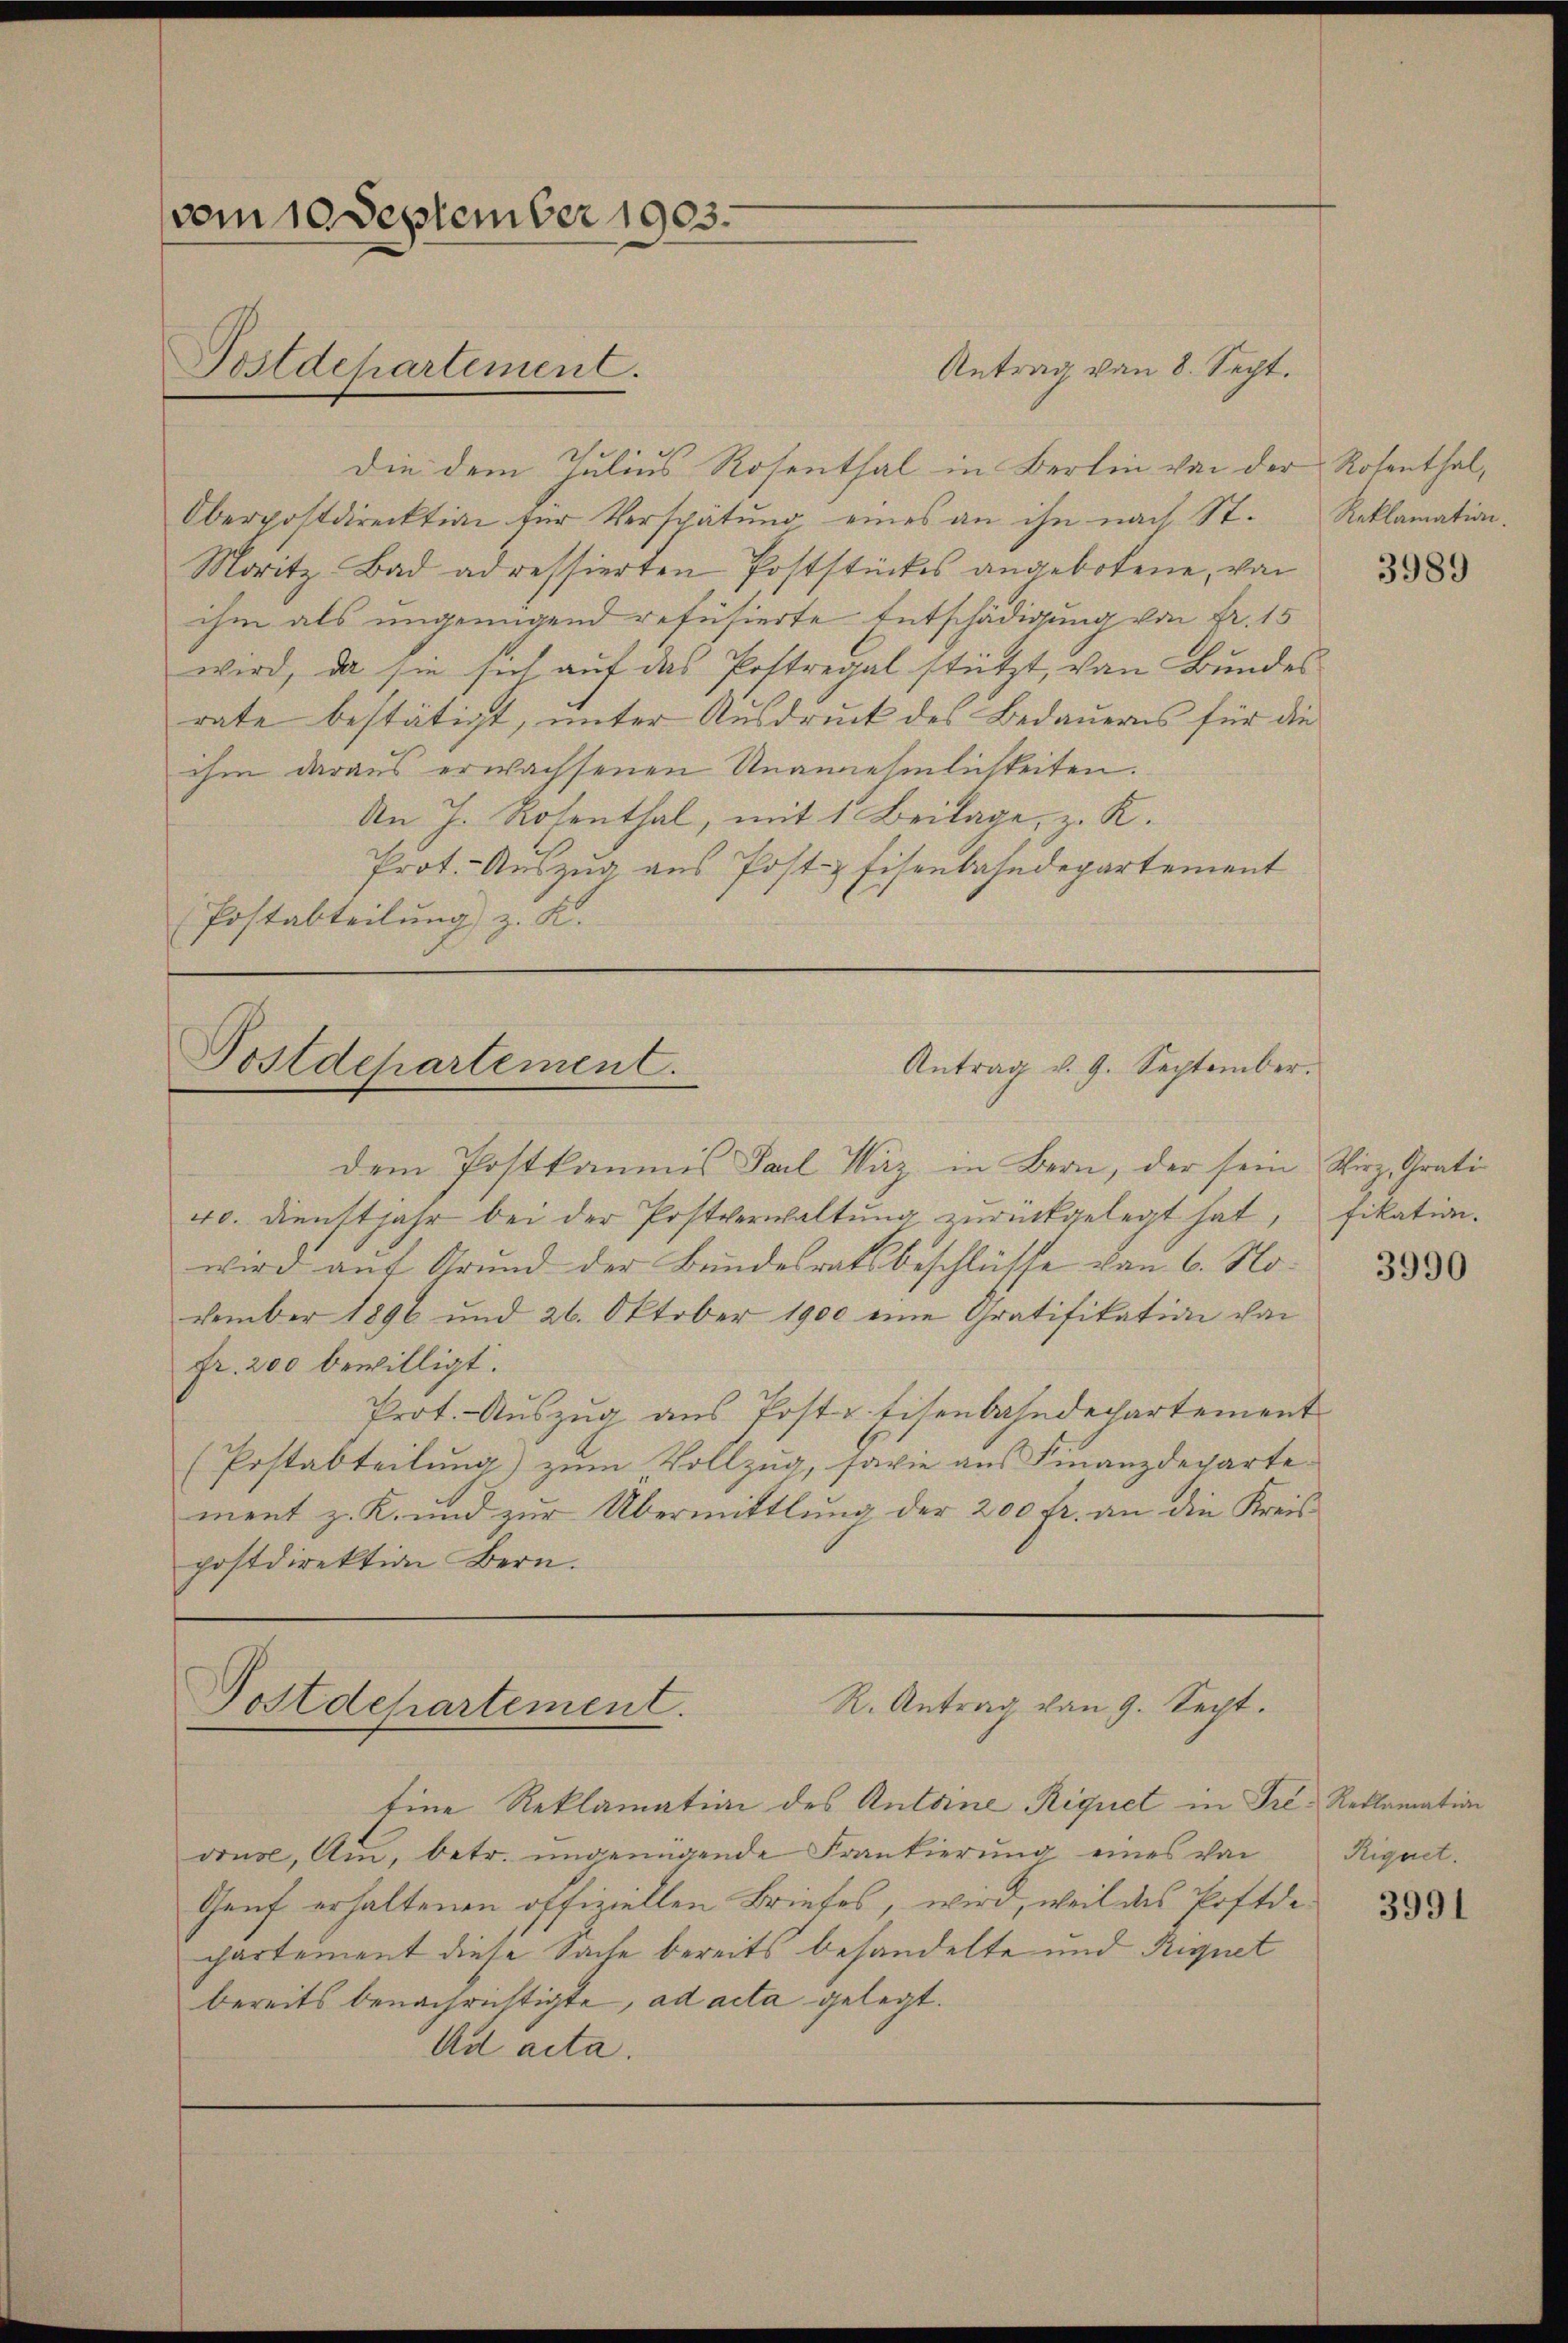
vom 10 September 1903.

Antrag von 8. Sept.
Die dem Julius Rosenthal in Berlin von der
Oberpostdirektion für Verspätung eines an ihn nach St.
Moritz Bad adressierten Poststückes angebotene, von
ihm als ungenügend refüsierte Entschädigung von Fr. 15
wird, da sie sich auf das Postregal stützt, von Bundes
rate bestätigt, unter Ausdruck des Bedauerns für die
ihm daraus erwachsenen Unannehmlichkeiten.
An J. Rosenthal, mit 1 Beilage, z. K.
Prot. Auszug aus Post- & Eisenbahndepartement
Postabteilung z. K.

Postdepartement.

Antrag v. 9. September.
Postdepartement.

R. Antrag von 9. Sept.
Postdepartement.

dem Postkommis Tal Wäz in Bern, der sein Wirz, Grati¬
40. Dienstjahr bei der Postverwaltung zurückgelegt hat,
wird auf Grund der Bundesratsbeschlüsse von 6. November 1896 und 26. Oktober 1900 eine Gratifikation von
fr. 200 bewilligt.
Prot. Auszug aus Post u. Eisenbahndepartement
(Postabteilung) zum Vollzug, Parie aus Finanzdeparte
ment z. K. und zur Übermittlung der 200 fr. an die Kreis
postdirektion Bern.

Eine Reklamation des Antoine Riquet in Tre., Reklamation
vins, Am, betr. undeigende Frankierung eines von
Genf erhaltenen offiziellen Briefes, wird, weil des Postde 85
chartement diese Sache bereits behandelte und Requet
bereits benachrichtigte, ad acta gelegt.
Ad acta.

Rosenthal,
Reklamation.

3989

fikation.

3990

Rignet.